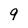
Character: 9